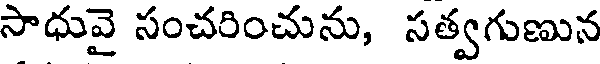
సాధువై సంచరించును, సత్వగుణున